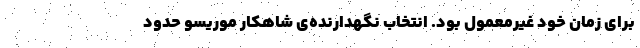
برای زمان خود غیرمعمول بود. انتخاب نگهدارنده‌ی شاهکار موریسو حدود